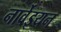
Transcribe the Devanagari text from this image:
नार्वेइयन